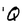
Character: Q